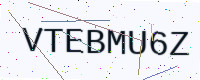
Text: VTEBMU6Z